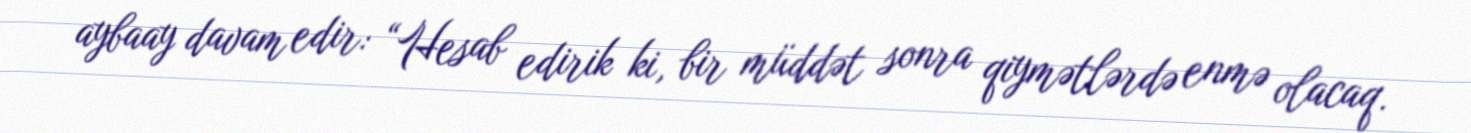
aybaay davam edir: “Hesab edirik ki, bir müddət sonra qiymətlərdə enmə olacaq.